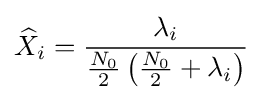
{\widehat {X}}_{i}={\frac {\lambda _{i}}{{\frac {N_{0}}{2}}\left({\frac {N_{0}}{2}}+\lambda _{i}\right)}}